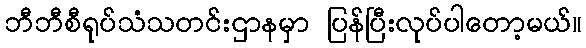
ဘီဘီစီရုပ်သံသတင်းဌာနမှာ ပြန်ပြီးလုပ်ပါတော့မယ်။